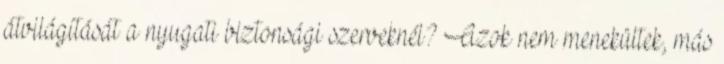
átvilágítását a nyugati biztonsági szerveknél? Azok nem menekültek, más